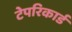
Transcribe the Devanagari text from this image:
टेपरिकार्ड